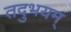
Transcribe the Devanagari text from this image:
तदुभयम्